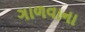
ગાળવાના